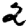
Digit: 2